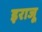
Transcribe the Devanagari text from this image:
इराजू